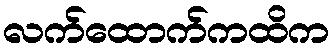
လက်ထောက်ကထိက